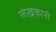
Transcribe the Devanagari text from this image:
लेखकानी